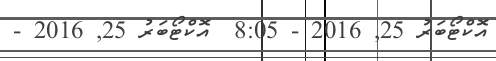
އޮކްޓޯބަރު 25